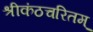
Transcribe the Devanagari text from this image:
श्रीकंठचरितम्